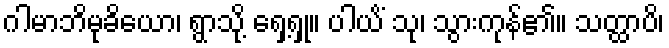
ဂါမာဘိမုခိယော၊ ရွာသို့ ရှေ့ရှု။ ပါယိံ သု၊ သွားကုန်၏။ သတ္ထာပိ၊